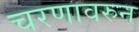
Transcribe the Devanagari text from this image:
चरणावरुन